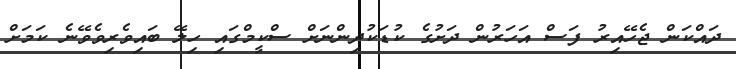
ދައްކަން ޖެހޭއިރު ފަސް އަހަރުން ދަށުގެ ކުޑަކުދިންނަށް ސްކީމްގައި ހިލޭ ބައިވެރިވެވޭނެ ކަމަށް